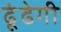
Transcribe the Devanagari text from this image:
ढूंढेगी